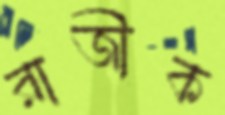
রাজীক